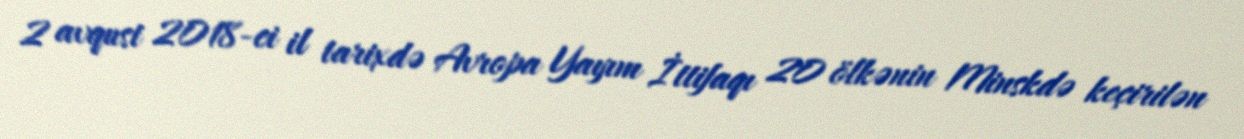
2 avqust 2018-ci il tarixdə Avropa Yayım İttifaqı 20 ölkənin Minskdə keçirilən